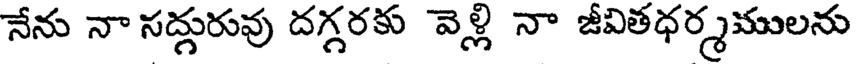
నేను నా సద్గురువు దగ్గరకు వెళ్లి నా జీవితధర్మములను